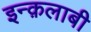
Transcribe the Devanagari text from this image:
इन्क़लाबी